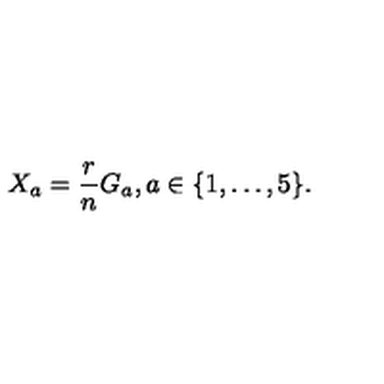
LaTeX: X _ { a } = \frac { r } { n } G _ { a } , a \in \{ 1 , \ldots , 5 \} .